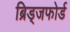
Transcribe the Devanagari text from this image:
ब्रिड्जफोर्ड